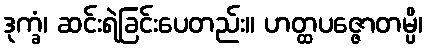
ဒုက္ခံ၊ ဆင်းရဲခြင်းပေတည်း။ ဟတ္ထပဇ္ဇောတမ္ပိ၊